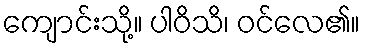
ကျောင်းသို့။ ပါဝိသိ၊ ဝင်လေ၏။